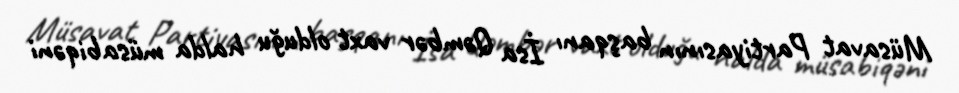
Müsavat Partiyasının başqanı İsa Qəmbər vaxt olduğu halda müsabiqəni